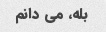
بله، می دانم